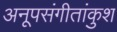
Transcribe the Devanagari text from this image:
अनूपसंगीतांकुश